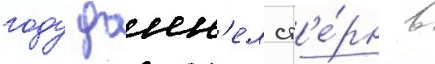
году донн'ел ст'е́рн в